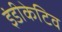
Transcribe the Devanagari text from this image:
इंडीकेटिव